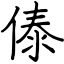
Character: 傣